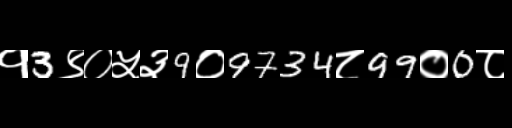
Text: १3९०५३9०9734८99०0८